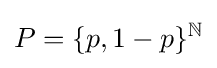
P=\{p,1-p\}^{\mathbb {N} }